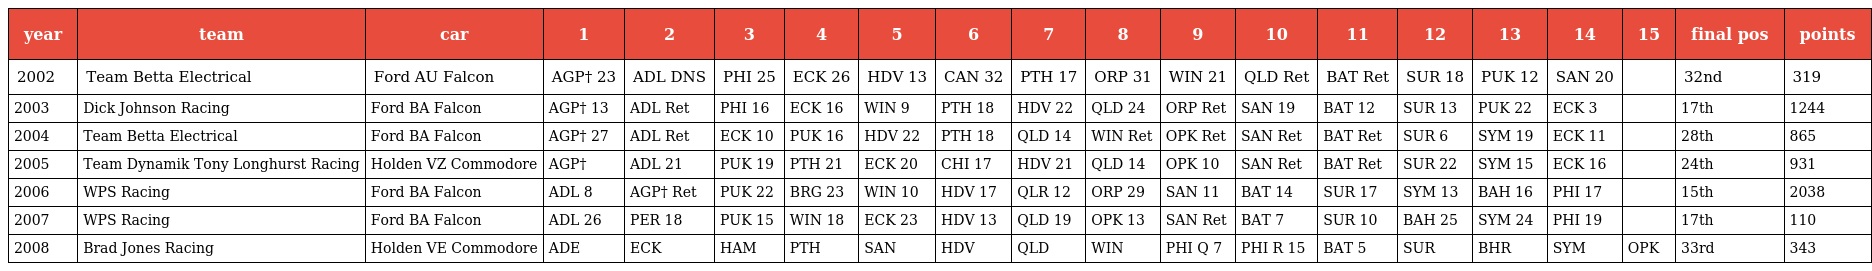
| year | team | car | 1 | 2 | 3 | 4 | 5 | 6 | 7 | 8 | 9 | 10 | 11 | 12 | 13 | 14 | 15 | final pos | points |
 | --- | --- | --- | --- | --- | --- | --- | --- | --- | --- | --- | --- | --- | --- | --- | --- | --- | --- | --- | --- |
 | 2002 | Team Betta Electrical | Ford AU Falcon | AGP† 23 | ADL DNS | PHI 25 | ECK 26 | HDV 13 | CAN 32 | PTH 17 | ORP 31 | WIN 21 | QLD Ret | BAT Ret | SUR 18 | PUK 12 | SAN 20 |  | 32nd | 319 |
 | 2003 | Dick Johnson Racing | Ford BA Falcon | AGP† 13 | ADL Ret | PHI 16 | ECK 16 | WIN 9 | PTH 18 | HDV 22 | QLD 24 | ORP Ret | SAN 19 | BAT 12 | SUR 13 | PUK 22 | ECK 3 |  | 17th | 1244 |
 | 2004 | Team Betta Electrical | Ford BA Falcon | AGP† 27 | ADL Ret | ECK 10 | PUK 16 | HDV 22 | PTH 18 | QLD 14 | WIN Ret | OPK Ret | SAN Ret | BAT Ret | SUR 6 | SYM 19 | ECK 11 |  | 28th | 865 |
 | 2005 | Team Dynamik Tony Longhurst Racing | Holden VZ Commodore | AGP† | ADL 21 | PUK 19 | PTH 21 | ECK 20 | CHI 17 | HDV 21 | QLD 14 | OPK 10 | SAN Ret | BAT Ret | SUR 22 | SYM 15 | ECK 16 |  | 24th | 931 |
 | 2006 | WPS Racing | Ford BA Falcon | ADL 8 | AGP† Ret | PUK 22 | BRG 23 | WIN 10 | HDV 17 | QLR 12 | ORP 29 | SAN 11 | BAT 14 | SUR 17 | SYM 13 | BAH 16 | PHI 17 |  | 15th | 2038 |
 | 2007 | WPS Racing | Ford BA Falcon | ADL 26 | PER 18 | PUK 15 | WIN 18 | ECK 23 | HDV 13 | QLD 19 | OPK 13 | SAN Ret | BAT 7 | SUR 10 | BAH 25 | SYM 24 | PHI 19 |  | 17th | 110 |
 | 2008 | Brad Jones Racing | Holden VE Commodore | ADE | ECK | HAM | PTH | SAN | HDV | QLD | WIN | PHI Q 7 | PHI R 15 | BAT 5 | SUR | BHR | SYM | OPK | 33rd | 343 |